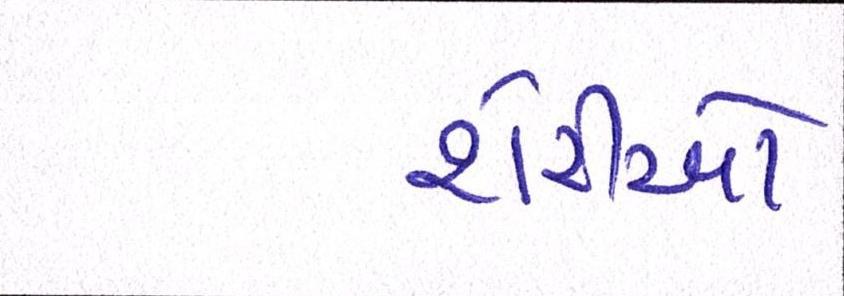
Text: શેરીઓ